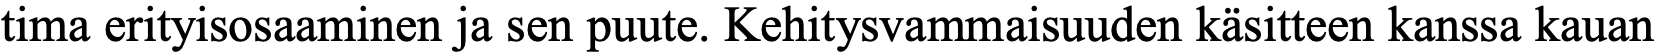
tima erityisosaaminen ja sen puute. Kehitysvammaisuuden käsitteen kanssa kauan